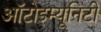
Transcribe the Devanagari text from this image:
ऑटोइम्यूनिटी